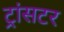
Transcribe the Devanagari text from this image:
ट्रांसटर